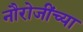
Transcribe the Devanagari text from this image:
नौरोजींच्या